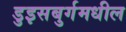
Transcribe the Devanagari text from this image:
डुइसबुर्गमधील